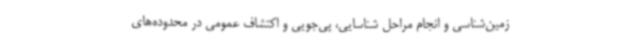
زمین‌شناسی و انجام مراحل شناسایی، پی‌جویی و اکتشاف عمومی در محدوده‌های